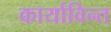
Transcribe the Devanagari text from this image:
कार्याविन्त